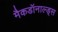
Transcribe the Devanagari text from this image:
मैकडॉनाल्ड्स